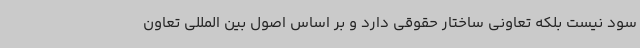
سود نیست بلکه تعاونی ساختار حقوقی دارد و بر اساس اصول بین المللی تعاون